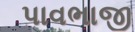
પાવભાજી